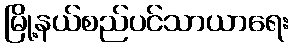
မြို့နယ်စည်ပင်သာယာရေး